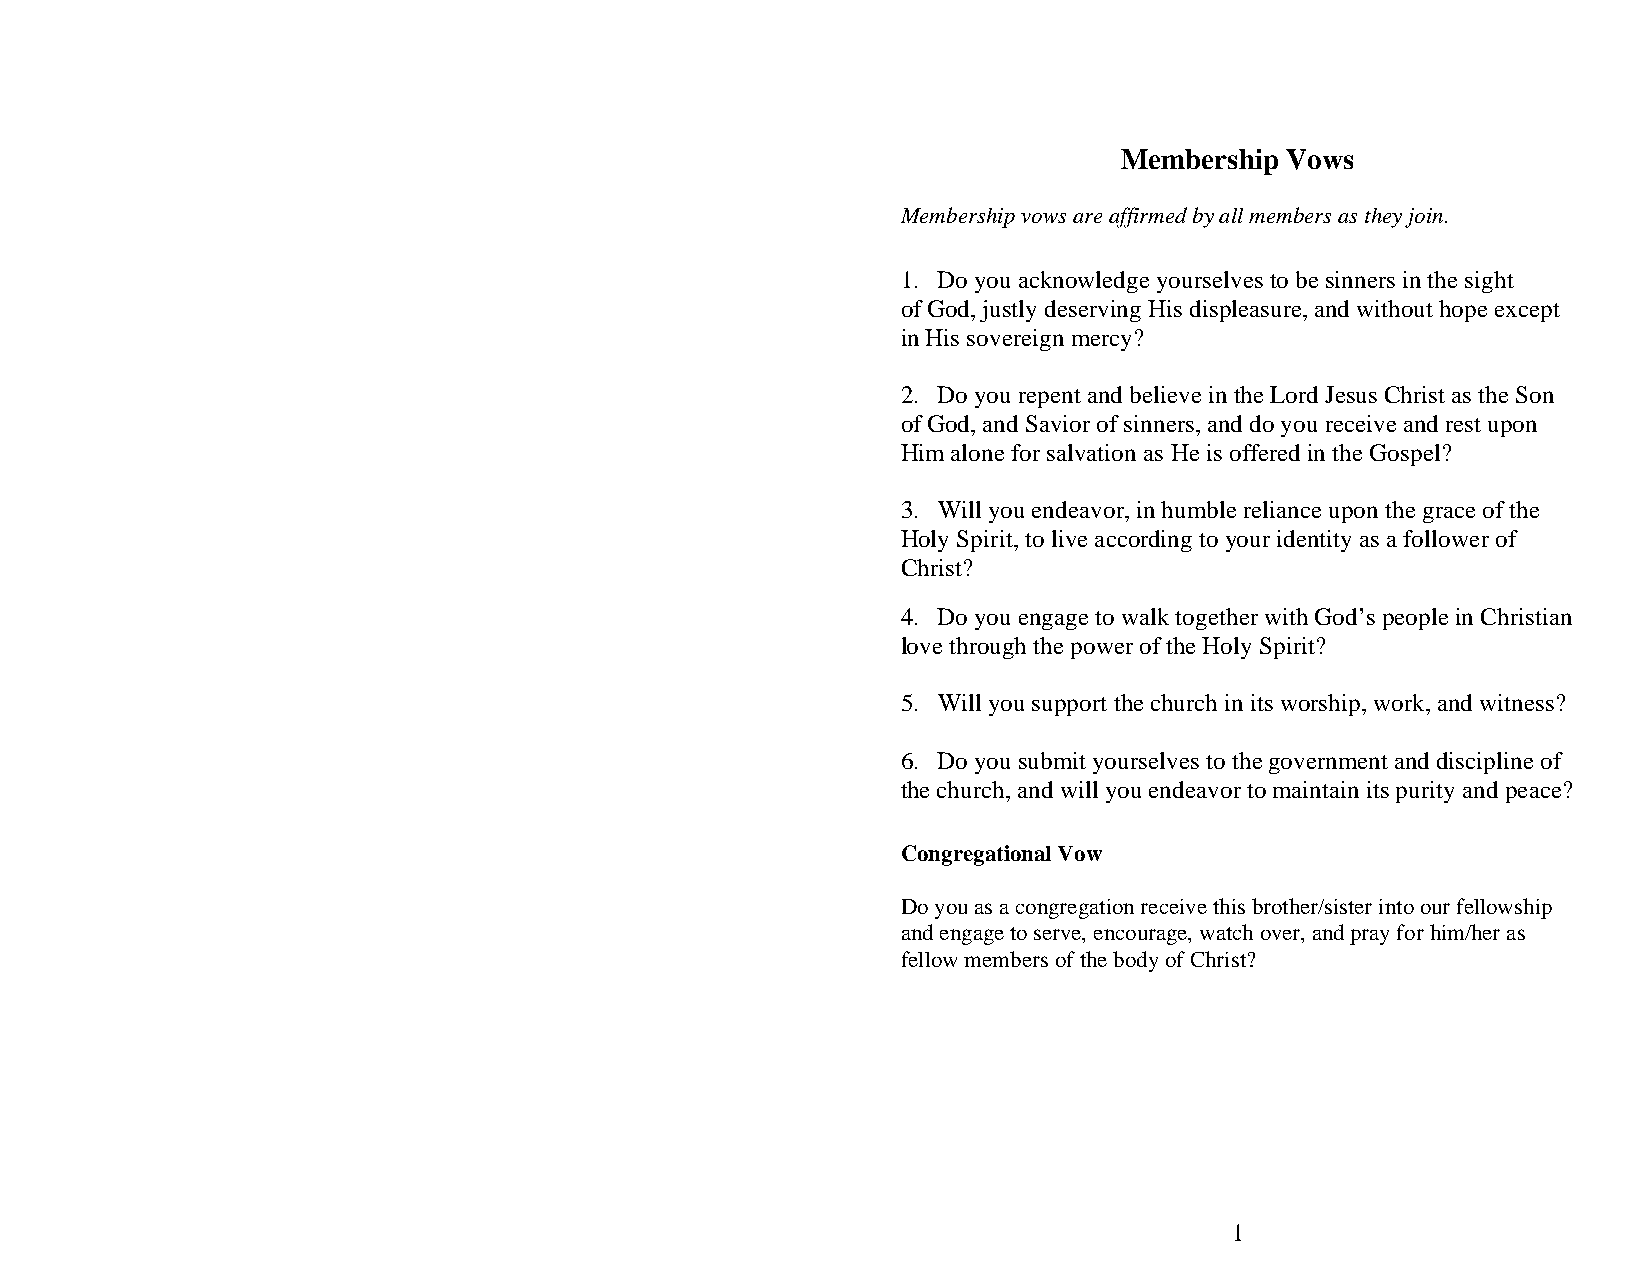
Membership Vows
 Membership vows are affirmed by all members as they join.
 1. Do you acknowledge yourselves to be sinners in the sight
 of God, justly deserving His displeasure, and without hope except
 in His sovereign mercy?
 2. Do you repent and believe in the Lord Jesus Christ as the Son
 of God, and Savior of sinners, and do you receive and rest upon
 Him alone for salvation as He is offered in the Gospel?
 3. Will you endeavor, in humble reliance upon the grace of the
 Holy Spirit, to live according to your identity as a follower of
 Christ?
 4. Do you engage to walk together with God’s people in Christian
 love through the power of the Holy Spirit?
 5. Will you support the church in its worship, work, and witness?
 6. Do you submit yourselves to the government and discipline of
 the church, and will you endeavor to maintain its purity and peace?
 Congregational Vow
 Do you as a congregation receive this brother/sister into our fellowship
 and engage to serve, encourage, watch over, and pray for him/her as
 fellow members of the body of Christ?
 1